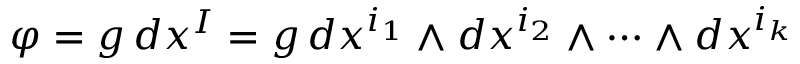
\varphi = g \, d x ^ { I } = g \, d x ^ { i _ { 1 } } \wedge d x ^ { i _ { 2 } } \wedge \cdots \wedge d x ^ { i _ { k } }